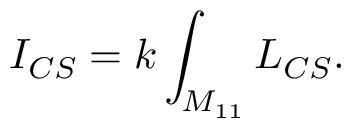
I _ { C S } = k \int _ { M _ { 1 1 } } { \cal L } _ { C S } .